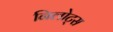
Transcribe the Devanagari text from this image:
निलोट्स